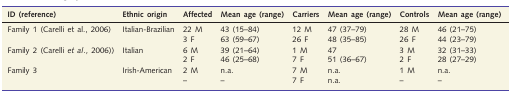
| ID (reference) | Ethnic origin | Affected | Mean age (range) | Carriers | Mean age (range) | Controls | Mean age (range) |
 | --- | --- | --- | --- | --- | --- | --- | --- |
 | <ROWSPAN=2> Family 1 (Carelli et al., 2006) | <ROWSPAN=2> Italian-Brazilian | 22 M | 43 (15–84) | 12 M | 47 (37–79) | 28 M | 46 (21–75) |
 | 3 F | 63 (59–67) | 26 F | 48 (35–85) | 26 F | 44 (23–79) |
 | <ROWSPAN=2> Family 2 (Carelli et al., 2006)) | <ROWSPAN=2> Italian | 6 M | 39 (21–64) | 1 M | 47 | 3 M | 32 (31–33) |
 | 2 F | 46 (25–68) | 7 F | 51 (36–67) | 2 F | 28 (27–29) |
 | <ROWSPAN=2> Family 3 | <ROWSPAN=2> Irish-American | 2 M | n.a. | 7 M | n.a. | 1 M | n.a. |
 | – | – | 7 F | n.a. | – | – |